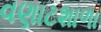
વણાટશાળા